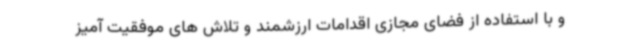
و با استفاده از فضای مجازی اقدامات ارزشمند و تلاش های موفقیت آمیز